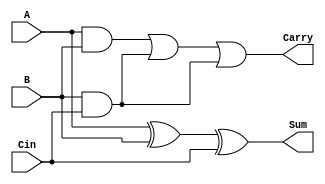
// Module Name:    Full_Adder 
module Full_Adder(A,B,Cin,Sum,Carry);
	input A,B,Cin;
	output Sum,Carry;
	assign Sum = A ^ B ^ Cin;
	assign Carry = (A&&B) || (B&&Cin) || (B&&Cin);
endmodule